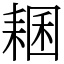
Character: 𦓾